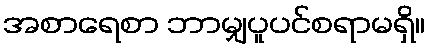
အစာရေစာ ဘာမျှပူပင်စရာမရှိ။